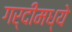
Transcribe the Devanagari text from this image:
गर्दीमध्ये